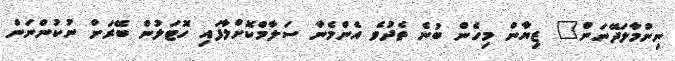
ނިންމާލަދޭނަން" ޒިޔާން މިހެން ބުނެ ތެދުވެ އެންމެނާ ސަލާމްކޮށްލާފައި ހޮޓަލުން ބޭރަށް ނުކުންނަން